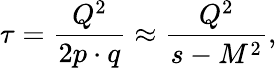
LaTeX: \tau=\frac{Q^{2}}{2p\cdot q}\approx\frac{Q^{2}}{s-M^{2}},